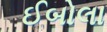
ઈબોલા